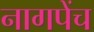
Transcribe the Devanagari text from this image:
नागपेंच